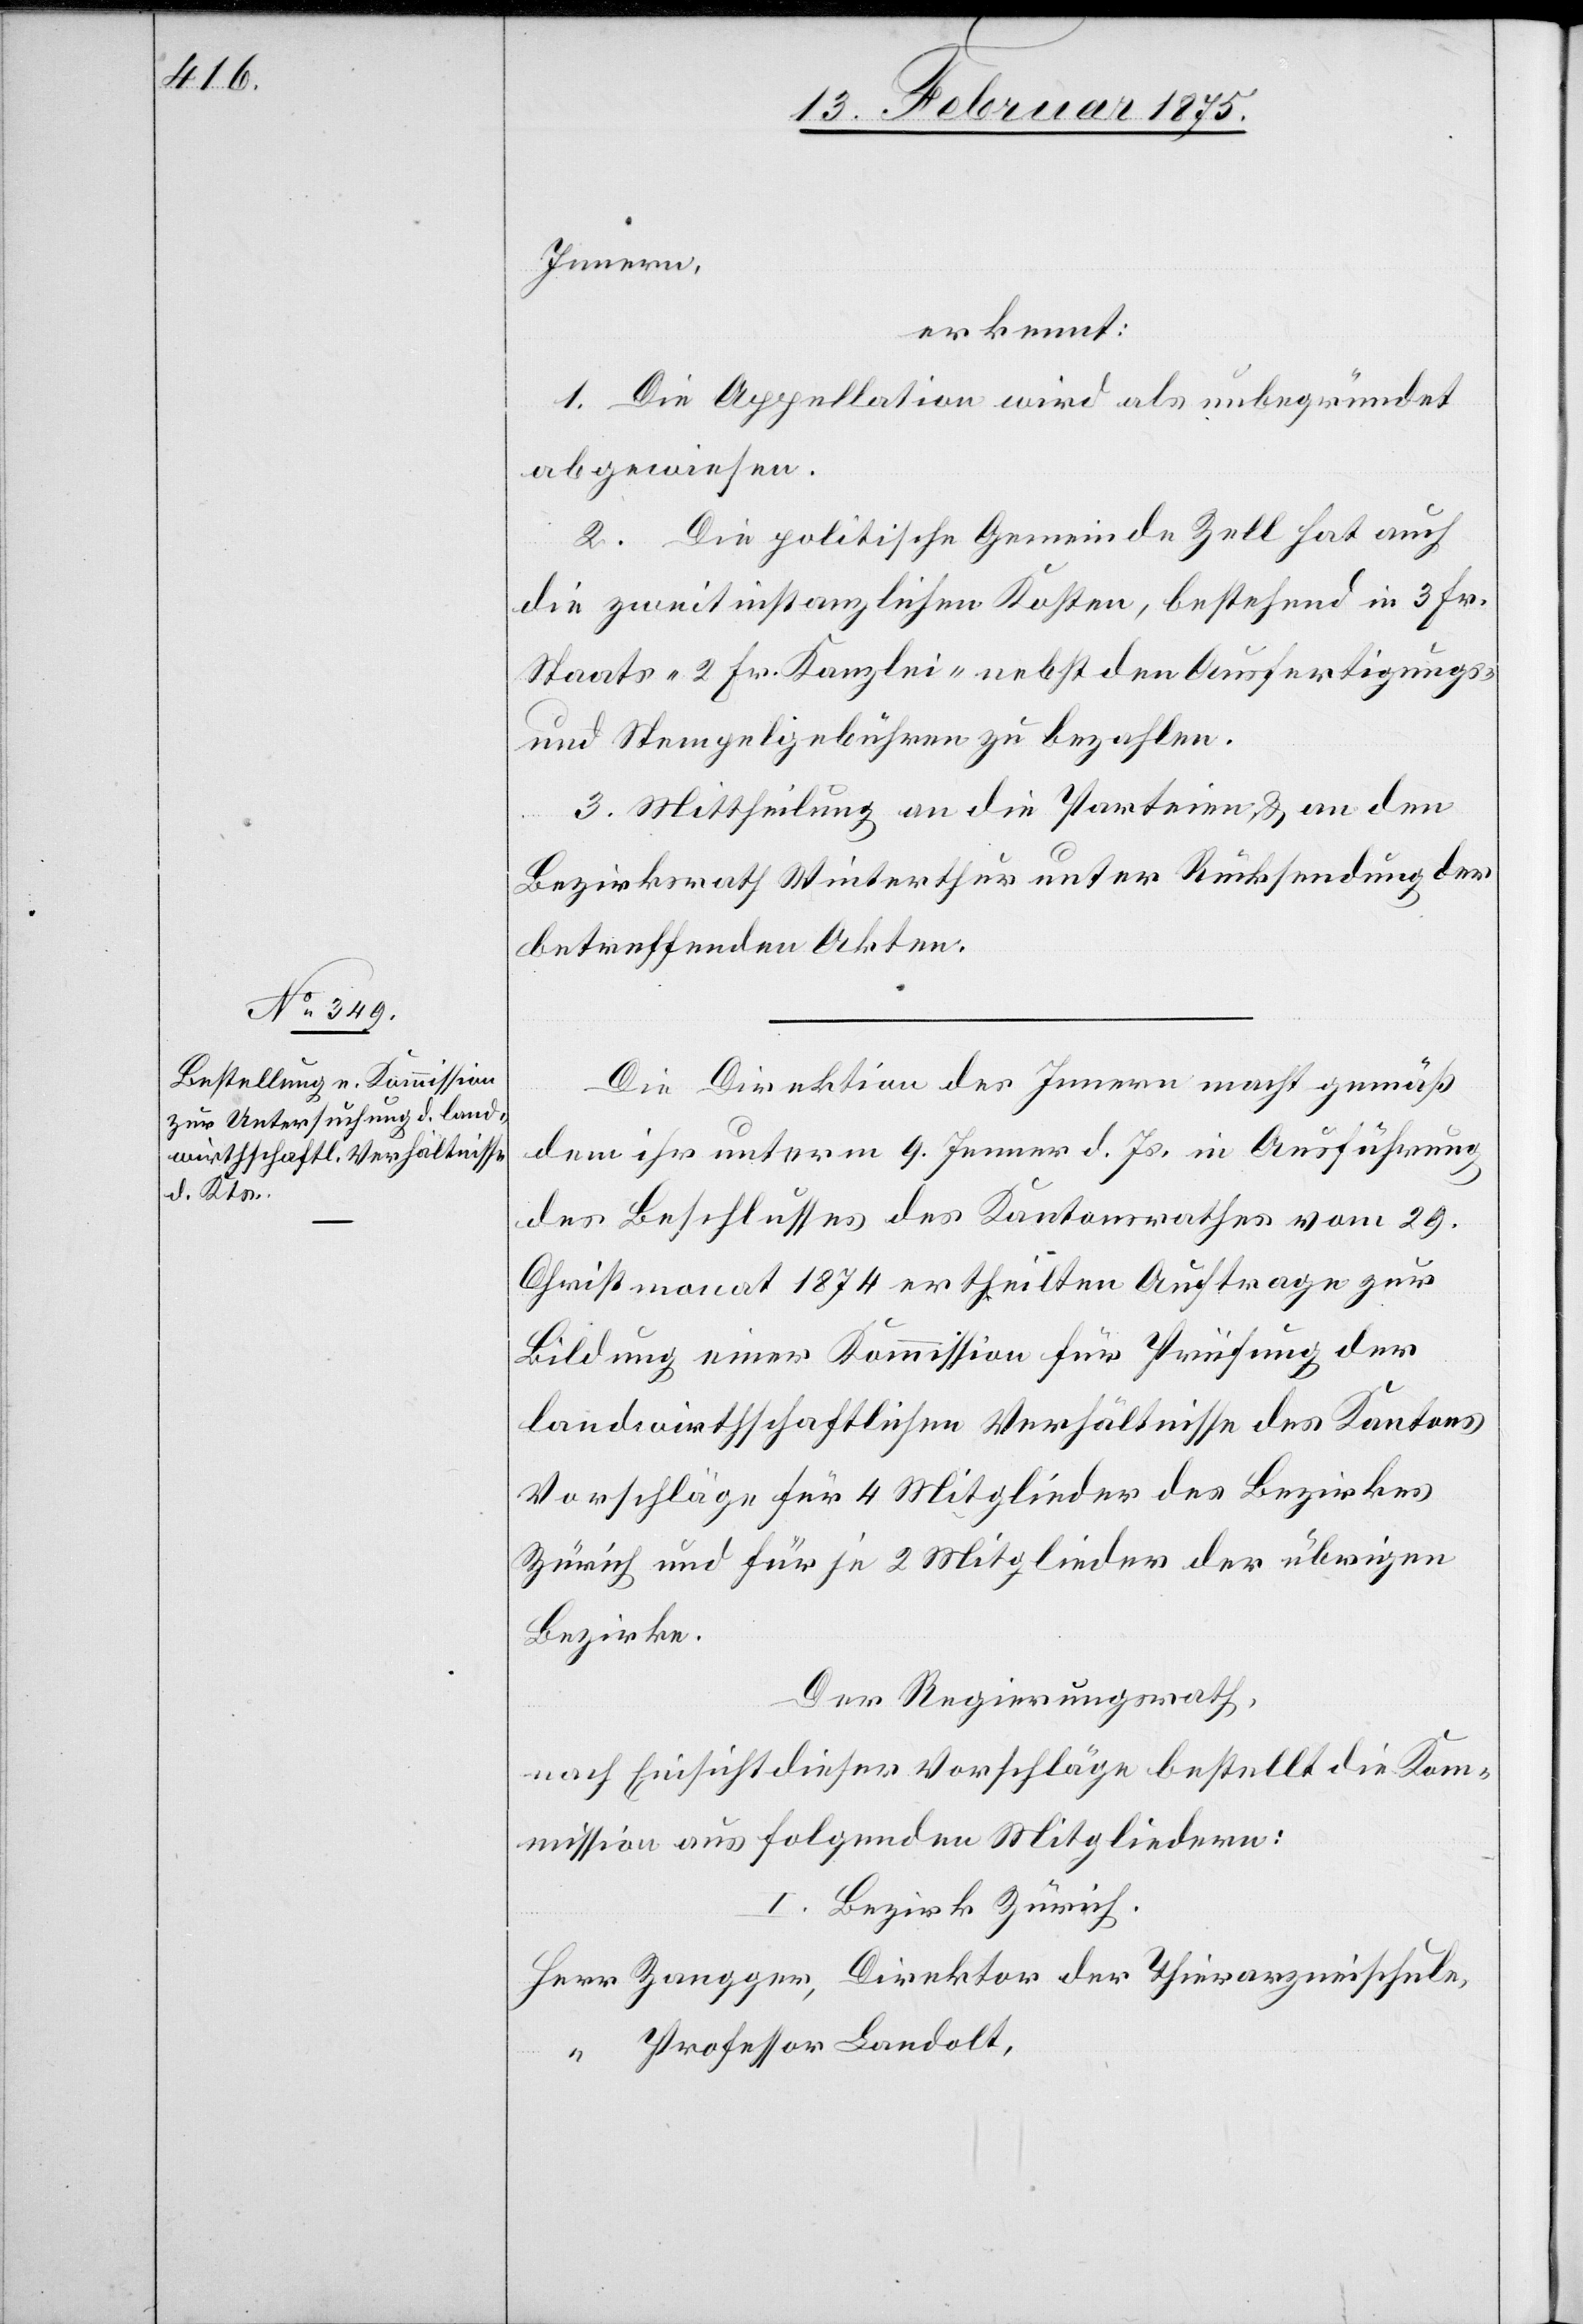
Innern
erkennt:
1. Die Appellation wird als unbegründet
abgewiesen.
2. Die politische Gemeinde Zell hat auch
die zweitinstanzlichen Kosten, bestehend in 3 Fr.
Staats-[,] 2 Fr. Kanzlei- nebst den Ausfertigungs-
und Stempelgebühren zu bezahlen.
3. Mittheilung an die Parteien & an den
Bezirksrath Winterthur unter Rücksendung der
betreffenden Akten.
Die Direktion des Innern macht gemäß
dem ihr unterm 9. Jenner d. Js. in Ausführung
des Beschlusses des Kantonsrechtes vom 29.
Christmonat 1874 ertheilten Auftrage zur
Bildung einer Kommission für Prüfung der
landwirthschaftlichen Verhältnisse des Kantons
Vorschläge für 4 Mitglieder des Bezirkes
Zürich und für je 2 Mitglieder der übrigen
Bezirke
Der Regierungsrath,
nach Einsicht dieser Vorschläge bestellt die Kom¬
mission aus folgenden Mitgliedern:
I. Bezirk Zürich.
Herr 	Zangger, Direktor der Thierarzneischule,
“	Professor Landolt,